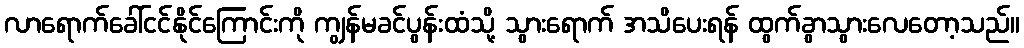
လာရောက်ခေါ်ငင်နိုင်ကြောင်းကို ကျွန်မခင်ပွန်းထံသို့ သွားရောက် အသိပေးရန် ထွက်ခွာသွားလေတော့သည်။